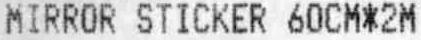
MIRROR STICKER 60CM*2M